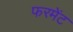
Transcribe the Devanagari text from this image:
फरमेंट